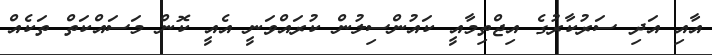
އާއި އަދި ސަރުކާރުގެ އިޖްތިމާއީ ކައުންސިލުން ކުރައްވަނީ އެއީ ކޮން މަސައްކަތް ތަކެއް